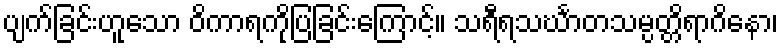
ပျက်ခြင်းဟူသော ဝိကာရကိုပြခြင်းကြောင့်။ သရီရသင်္ဃာတသမ္ပတ္တိရာဂိနော၊